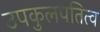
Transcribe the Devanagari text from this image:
उपकुलपतित्व